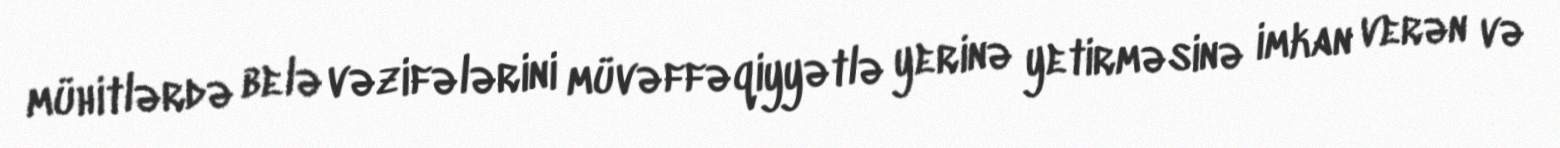
mühitlərdə belə vəzifələrini müvəffəqiyyətlə yerinə yetirməsinə imkan verən və